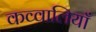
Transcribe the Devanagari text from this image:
कव्वालियाँ